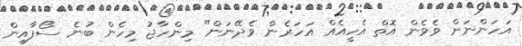
އަހަންނަށް ވެވެން އޮތް އެހީއެއް އަހަރެން ވެދޭނަން" މިންހާޖު މިހެން ބުނެ ސޯފާއިން